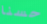
حسنا